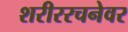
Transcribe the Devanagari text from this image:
शरीररचनेवर